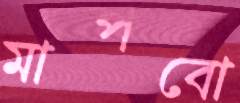
মাপবো